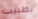
بطبيب